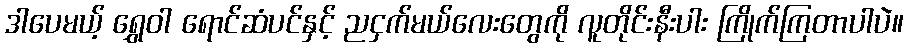
ဒါပေမယ့် ရွှေဝါ ရောင်ဆံပင်နှင့် ညငှက်မယ်လေးတွေကို လူတိုင်းနီးပါး ကြိုက်ကြတာပါပဲ။